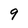
Character: 9